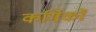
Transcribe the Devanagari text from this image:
कर्मिकाें